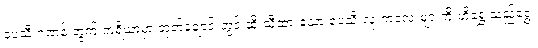
ပေသီးဂဏန်းတွက် ကရိယာမှာ တုတ်ချောင်းတွင် ထိုးသီထားသော ပေသီးလုံးကလေးများကို ဟိုရွှေ့သည်ရွှေ့